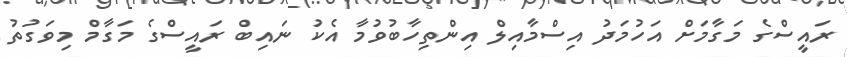
ރައީސްގެ މަގާމަށް އަހުމަދު އިސްމާއިލް އިންތިހާބުވުމާ އެކު ނައިބް ރައީސްގެ މަގާމް މިވަގުތު